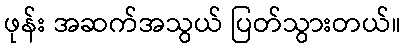
ဖုန်း အဆက်အသွယ် ပြတ်သွားတယ်။